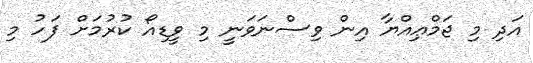
އަދި މި ޖަމްޢިއްޔާ އިން ވިސްނަވަނީ މި ވީޑިއޯ ކުރުމަށް ފަހު މި